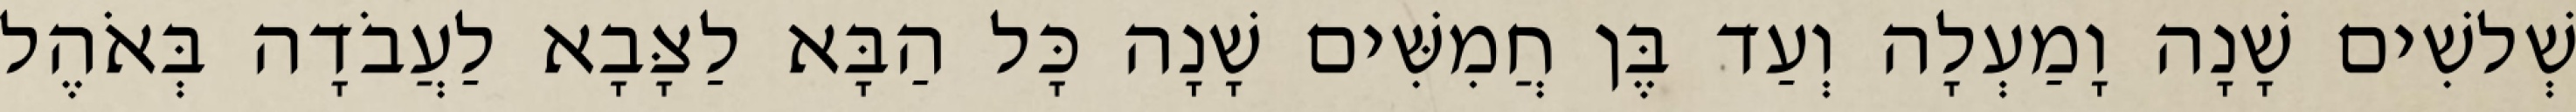
שְׁלשִׁים שָׁנָה וָמַעְלָה וְעַד בֶּן חֲמִשִּׁים שָׁנָה כָּל הַבָּא לַצָּבָא לַעֲבֹדָה בְּאֹהֶל